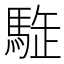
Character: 𩣜